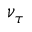
\nu _ { \tau }